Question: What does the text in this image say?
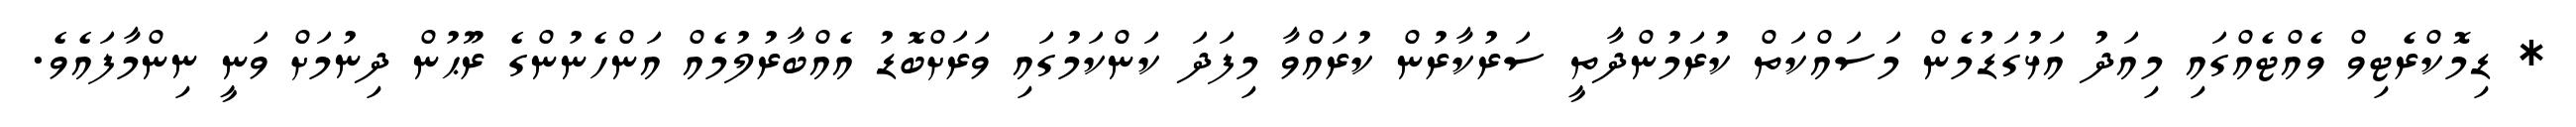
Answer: * ޑިމޮކްރެޓިވް ވެއްޓެއްގައި މިއަދު އަޅުގަޑުމެން މަސައްކަތް ކުރަމުންދާތީ ސަރުކާރުން ކުރައްވާ މިފަދަ ކަންކަމުގައި ވަރަށްބޮޑު އެއްބާރުލުމެއް އަންހެނުންގެ ރޫޙުން ދިނުމަށް ވަނީ ނިންމާފައެވެ.